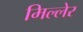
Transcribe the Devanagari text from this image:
मिल्लेर